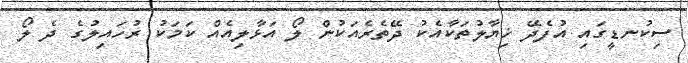
ސިކުނޑީގައި އުފެދޭ ޚިޔާލުތަކާއެކު ދޭތެރެއަކުން ލޯ އަޅާލިއެއް ކަމަކު ރުހައިލުގެ ދެ ލޯ